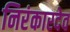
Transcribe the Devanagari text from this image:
निरंकारदेव